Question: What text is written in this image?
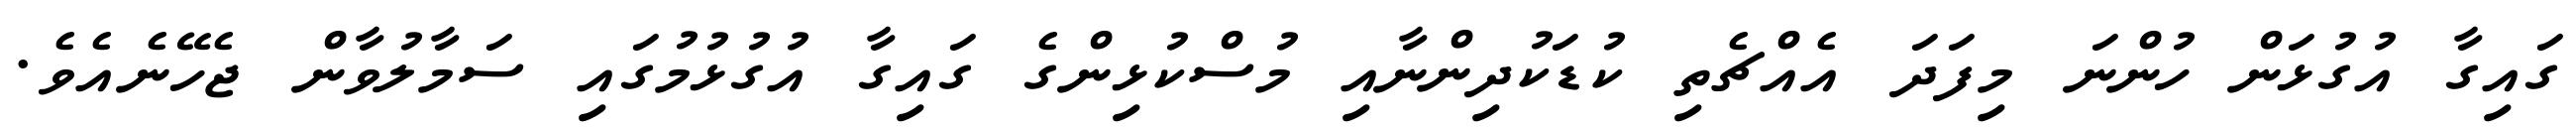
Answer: ގައިގާ އުގުޅަން ހުންނަ މިފަދަ އެއްޗެތި ކުޑަކުދިންނާއި މުސްކުޅިންގެ ގައިގާ އުގުޅުމުގައި ސަމާލުވާން ޖެހޭނެއެވެ.